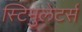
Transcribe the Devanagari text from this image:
स्टिमुलेटर्स